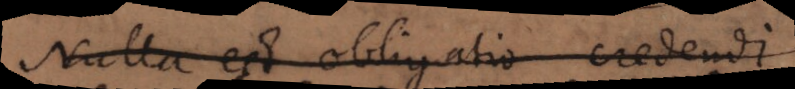
Nulla est obligatio credendi.